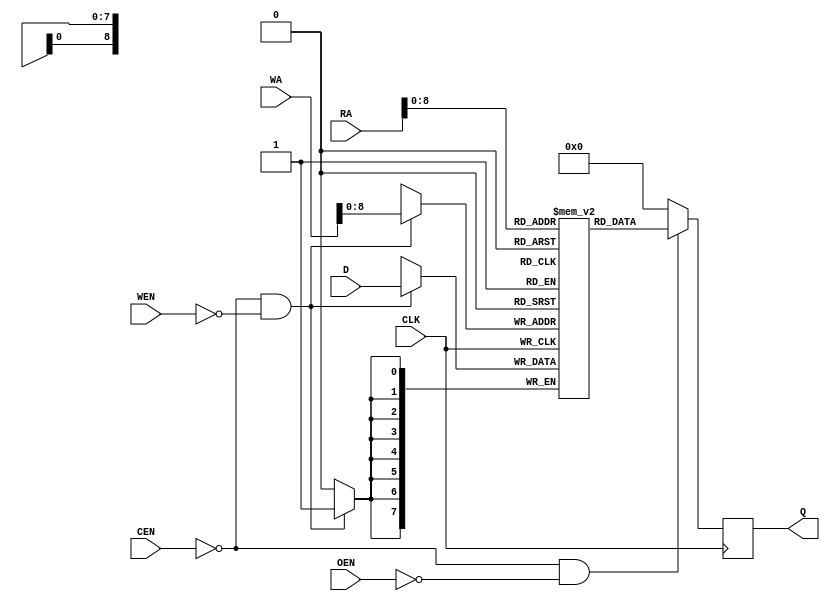
//================================================================================
// Description        : for sim
//                      
//                      
//================================================================================

module dsram(
CLK                          ,
CEN                          ,
WEN                          ,
WA                           ,
D                            ,
OEN                          ,
RA                           ,
Q
);
parameter  aw = 32 ;
parameter  dw = 8  ;
parameter  depth = 512 ;
input          CLK           ; //clock
input          CEN           ;
input          WEN           ;
input          OEN           ;
input  [aw-1:0]WA            ;
input  [aw-1:0]RA            ;
input  [dw-1:0]D             ;
output [dw-1:0]Q             ;
reg    [dw-1:0]Q             ;

reg    [dw-1:0]m[depth-1:0]  ;
integer        i             ;
initial begin
  for(i=0; i<depth; i=i+1) begin
    m[i] = {dw{1'b0}} ;
  end
end

always@(posedge CLK)
begin
  if(~CEN & ~WEN) begin
    m[WA] <= #1 D ;
    $display("Write Data : %h at Address: %h",D,WA);
  end
end

always@(posedge CLK)
begin
  if(~CEN & ~OEN)
    Q <= #1 m[RA] ;
  else
    Q <= #1 {dw{1'b0}} ;
end


endmodule